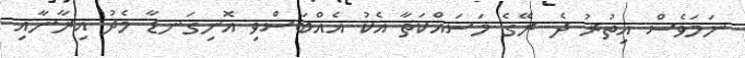
ނަމަވެސް އިތުރު ދެ ރޭގެ މަސައްކަތާ އެކު އެއްބަސްވި އޮނިގަނޑާ މެދު އިރާނާއި